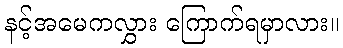
နင့်အမေကလွှား ကြောက်ရမှာလား။